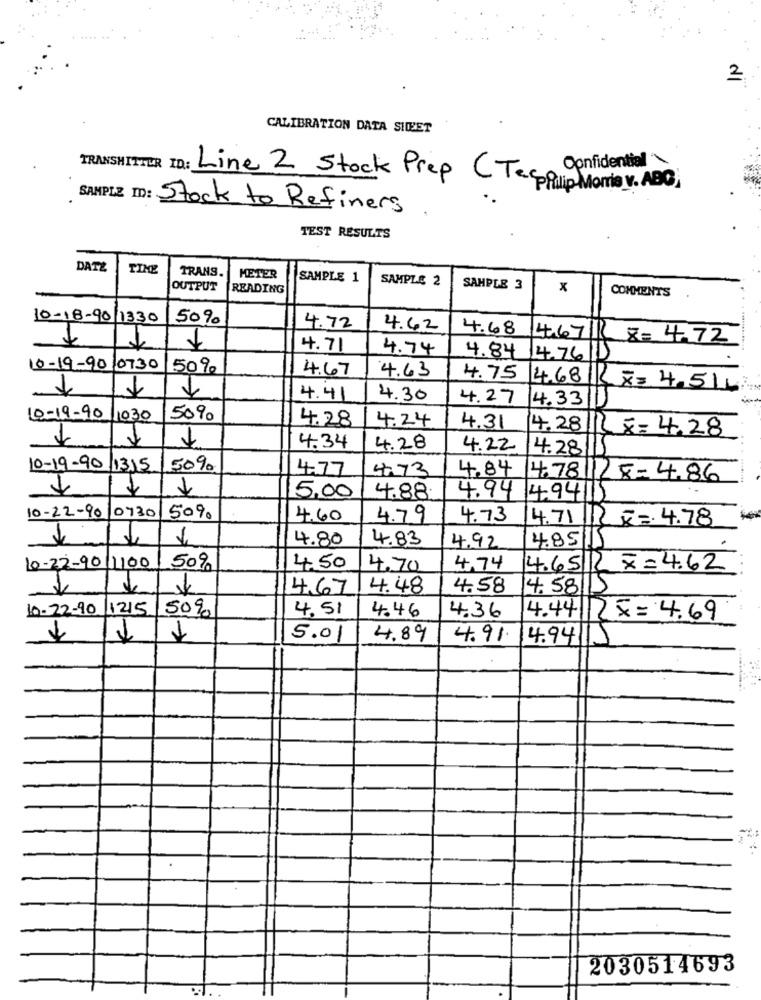
2
CALIBRATION DATA SHEET
Confidential\
TRANSHITTER ID: Line 2 Stock Prep ( Tego
Philip Morris v. ABO,
SAMPLE ID: Stock to Refiners.
TEST RESULTS
DATE
TIME
TRANS.
METER
SAMPLE 1
SAMPLE 2
OUTPUT
READING
SAMPLE 3
x
COMMENTS
10-18-90/1330
50%
4.72
4.62
4.68
4.6711
8= 4.72
1
4.71
4.74
4.84
14.76
10-19-9010730
50%
4.67
4.63
4.75 4.68|1 X= 4,514
4.41
4.30
4.27 4.33
10-19-90
1030
50%
4.28
4.24
4.31
4.28
11 x=4.28
4.34
4.28
4.22
4.28
10-19-90 1315
50%
4.77
4.73
4.84
4.78 125=4.86
5.00
4.88.
4.94 4941
10-22-90 0730
50%
4,60
4.79
4.73
4.71 R == 4.78
4.80
4.83
4.85/11
4.92
10-22-90 1100
50%
4.50
4.70
4.74
4.65/ 7=4.62
4.67
4.48
4.58
4.581
10-22-90
1215 50%
4.51
4.46
4.36
4.44|25=4.69
5.01
4.89
4.91.
4.94/1
2030514693